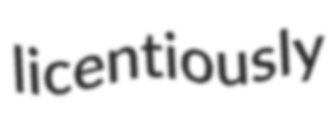
licentiously